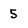
Character: 5